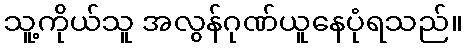
သူ့ကိုယ်သူ အလွန်ဂုဏ်ယူနေပုံရသည်။